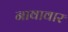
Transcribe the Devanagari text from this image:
नावावार